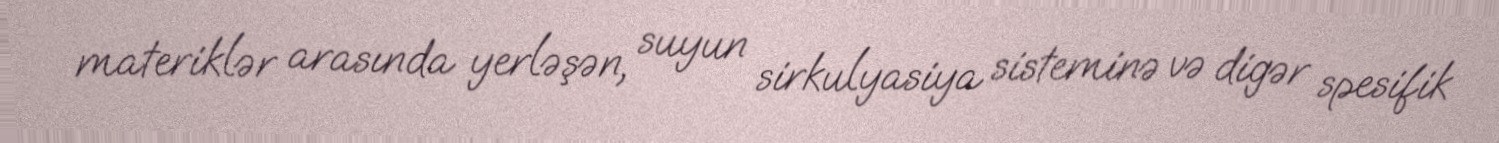
materiklər arasında yerləşən, suyun sirkulyasiya sisteminə və digər spesifik